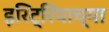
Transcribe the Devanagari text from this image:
इरिट्रियाच्या